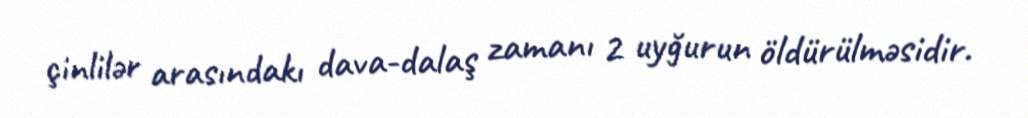
çinlilər arasındakı dava-dalaş zamanı 2 uyğurun öldürülməsidir.